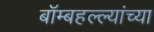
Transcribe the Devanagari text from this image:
बॉम्बहल्ल्यांच्या